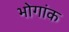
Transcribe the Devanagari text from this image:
भोगांक